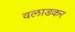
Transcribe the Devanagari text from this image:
वलाडकर